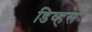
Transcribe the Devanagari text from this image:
डिव्हस